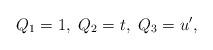
LaTeX: \begin{align*}Q_1=1,~Q_2=t,~Q_3=u',\end{align*}